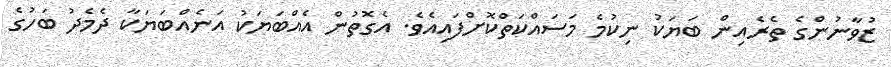
ޒުވާނުންގެ ތެރެއިން ބަޔަކު ނިކުމެ މަސައްކަތްކޮށްފައިއެވެ. އެގޮތުން އެއްބަޔަކު އަނެއްބަޔަކާ ދެމެދު ބަހުގެ